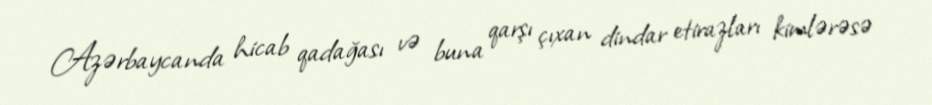
Azərbaycanda hicab qadağası və buna qarşı çıxan dindar etirazları kimlərəsə